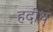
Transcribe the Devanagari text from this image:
हदीथ़